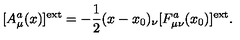
[ A _ { \mu } ^ { a } ( x ) ] ^ { \mathrm { e x t } } = - \frac { 1 } { 2 } ( x - x _ { 0 } ) _ { \nu } [ F _ { \mu \nu } ^ { a } ( x _ { 0 } ) ] ^ { \mathrm { e x t } } .